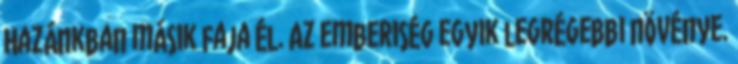
Hazánkban másik faja él. Az emberiség egyik legrégebbi növénye.